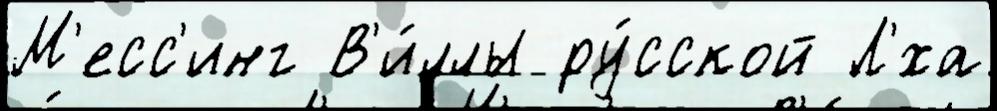
М'есс'инг В'и́ллы ру́сской Л'́ха